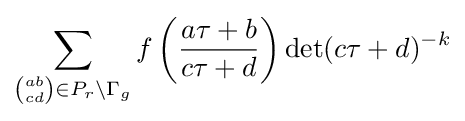
\sum _{{\binom {ab}{cd}}\in P_{r}\setminus \Gamma _{g}}f\left({\frac {a\tau +b}{c\tau +d}}\right)\det(c\tau +d)^{-k}